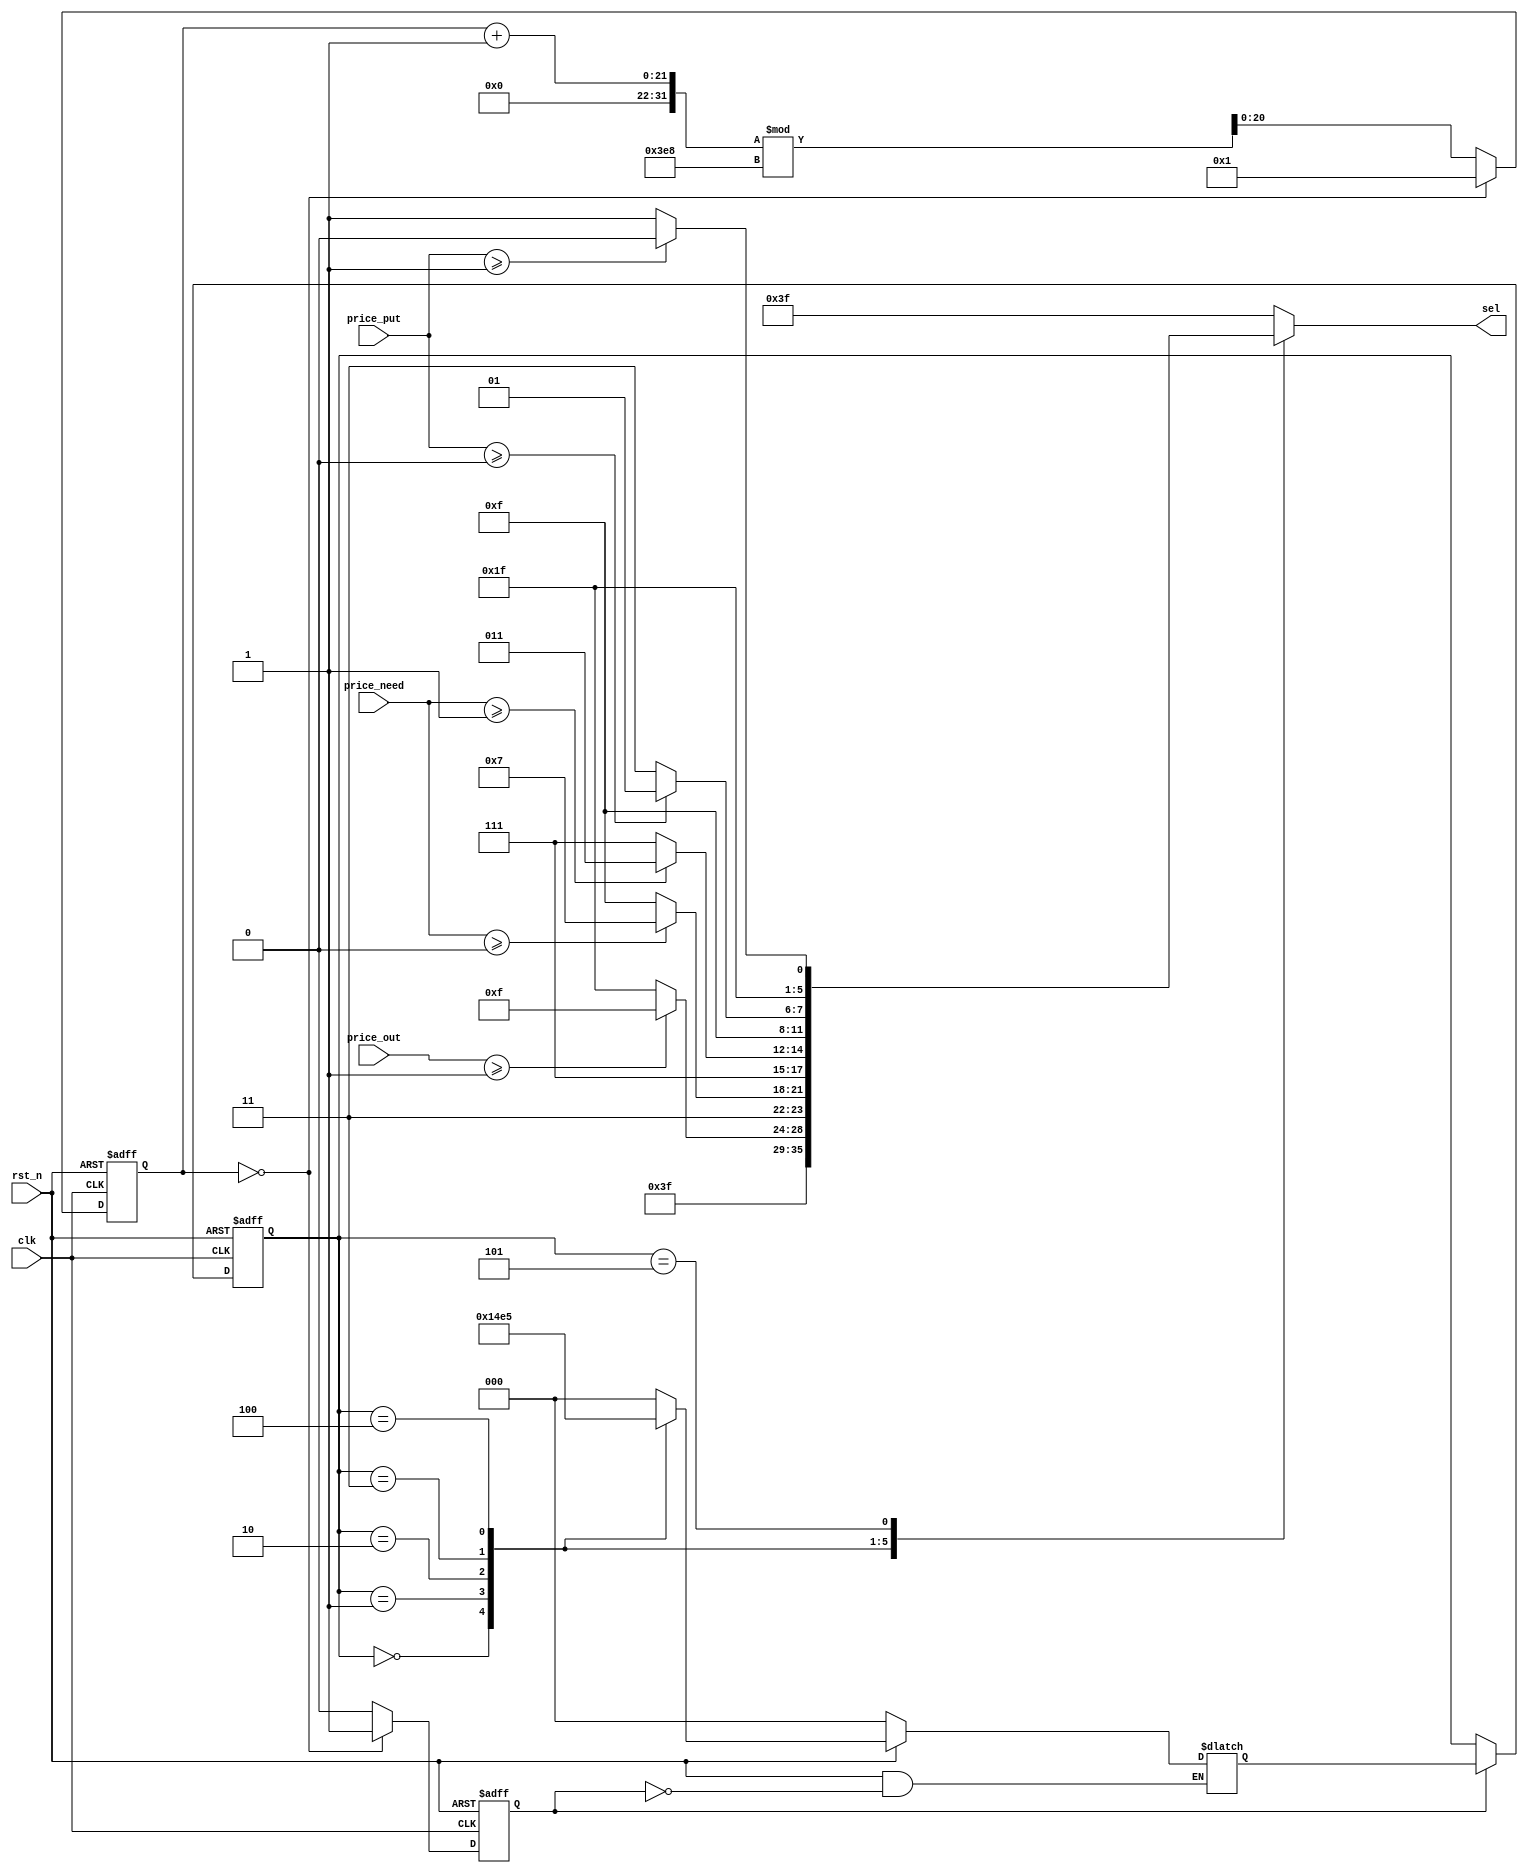
module sel_drive(
	input    wire             clk			   ,
	input    wire             rst_n			,
	input    wire    [6:0]    price_put		,	//
	input    wire    [6:0]    price_need	,	//
	input    wire    [6:0]    price_out		,	//
 
	output    reg    [5:0]    sel				//
);
//
localparam state0 = 3'd0;
localparam state1 = 3'd1;
localparam state2 = 3'd2;
localparam state3 = 3'd3;
localparam state4 = 3'd4;
localparam state5 = 3'd5;
 
parameter	 MAX_NUM = 1_000;// 20
 
reg    [2 :0]    current_state;
reg    [2 :0]    next_state;
reg    [20:0]	  cnt; //
reg              flag;
 
//
always @(posedge clk or negedge rst_n)begin
	if(!rst_n)begin
		flag <= 1'b0;
		cnt <= 0;
	end
	else if(cnt == 0)begin//
		flag <= 1'b1;
		cnt <= 1;
	end
	else	begin 
		flag <= 1'b0;
		cnt <= (cnt + 1'b1) % MAX_NUM;//+1
	end
end
// 
always @(posedge clk or negedge rst_n) begin
	if(!rst_n) begin
		current_state <= state0;
	end
	
	else if(flag) begin
		current_state <= next_state;
	end
	
	else 
		current_state <= current_state;
end
 
 
//
always @(*) begin
	if(!rst_n) begin
		next_state <= state0;
	end
	
	else if(flag) begin
		case(current_state)
			state0: begin
				next_state <= state1;
			end
			state1: begin
				next_state <= state2;
			end
			state2: begin
				next_state <= state3;
			end
			state3: begin
				next_state <= state4;
			end
			state4: begin
				next_state <= state5;
			end
			state5: begin
				next_state <= state0;
			end
			
			default:begin
				next_state <= state0;
			end
		endcase
	end
	
	else begin
		next_state <= next_state;
	end
end
 
 
//value
always@(current_state) begin
	case (current_state)
		state0: begin                 //
			sel <= 6'b011111;
		end
		state1: begin                 //
			if (price_out >=1) begin
				sel <= 6'b101111;
			end
			else begin
				sel <= 6'b111111;
			end
		end
		state2: begin                 //
			if (price_need >=0) begin
				sel <= 6'b110111;
			end
			else begin
				sel <= 6'b111111;
			end
		end
		state3: begin                 //
			if (price_need >=1) begin
				sel <= 6'b111011;
			end
			else begin
				sel <= 6'b111111;
			end
		end
		state4: begin                 //
			if (price_put >=0) begin
				sel <= 6'b111101;
			end
			else begin
				sel <= 6'b111111;
			end
		end
		state5: begin                 //
			if (price_put >=1) begin
				sel <= 6'b111110;
			end
			else begin
				sel <= 6'b111111;
			end
		end
		default:begin
			sel <= 6'b111111;
		end
	endcase
end
endmodule